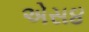
એસ૪